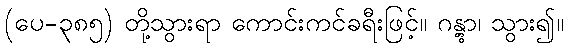
(ပေ-၃၈၅) တို့သွားရာ ကောင်းကင်ခရီးဖြင့်။ ဂန္တွာ၊ သွား၍။